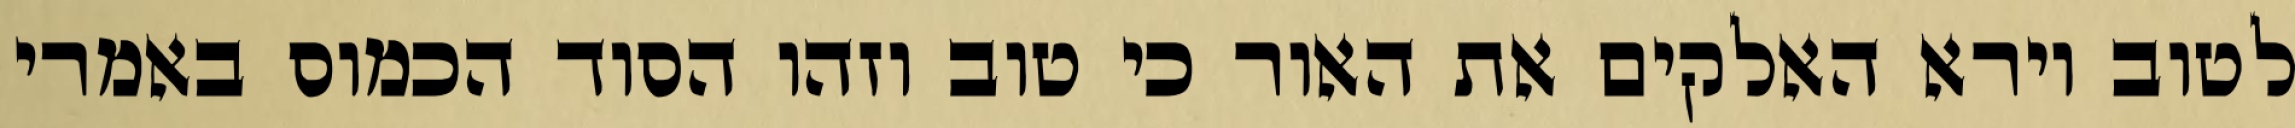
לטוב וירא האלקים את האור כי טוב וזהו הסוד הכמוס באמרי